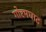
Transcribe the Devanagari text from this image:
गोरमघाट